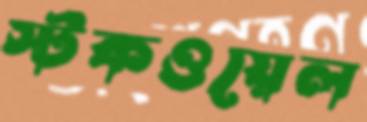
স্টকওয়েল